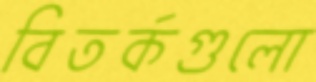
বিতর্কগুলো